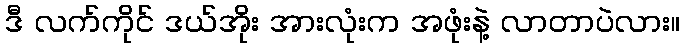
ဒီ လက်ကိုင် ဒယ်အိုး အားလုံးက အဖုံးနဲ့ လာတာပဲလား။